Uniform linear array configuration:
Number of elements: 48
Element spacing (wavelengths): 1
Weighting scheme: uniform
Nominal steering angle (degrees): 0
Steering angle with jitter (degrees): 1.738
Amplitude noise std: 0.05
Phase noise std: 0.05

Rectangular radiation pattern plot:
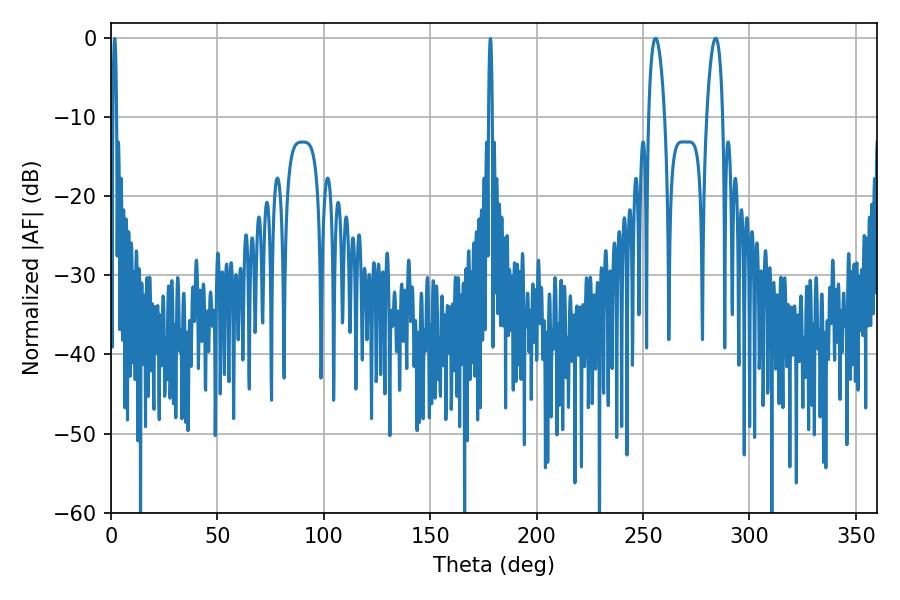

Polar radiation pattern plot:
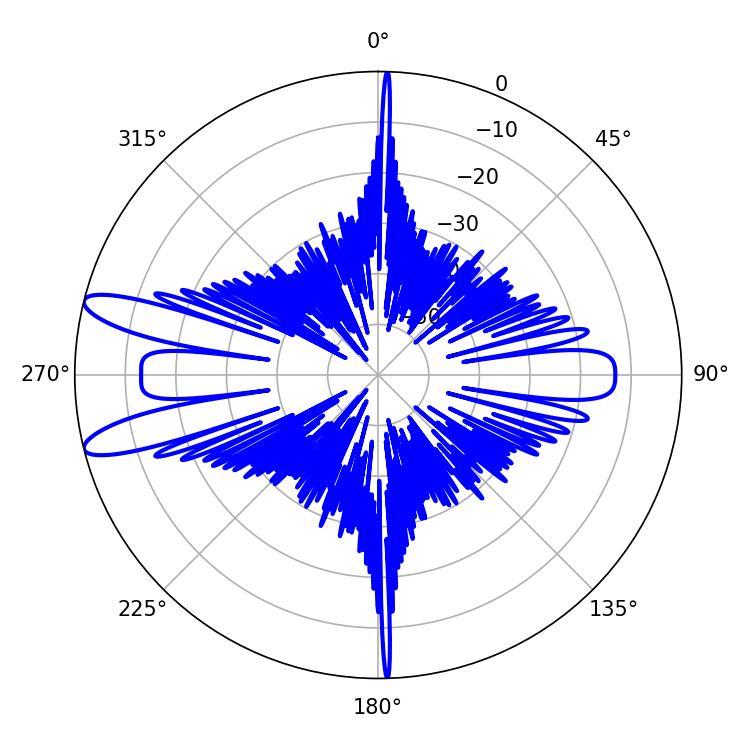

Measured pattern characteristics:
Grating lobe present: TRUE
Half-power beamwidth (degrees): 4.14
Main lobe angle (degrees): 255.96